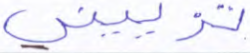
تزييني